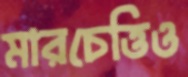
মারচেত্তিও